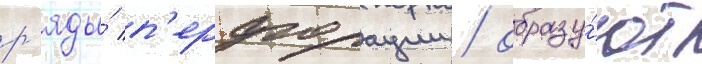
р'яды́ п'ерфорации / образу́ют